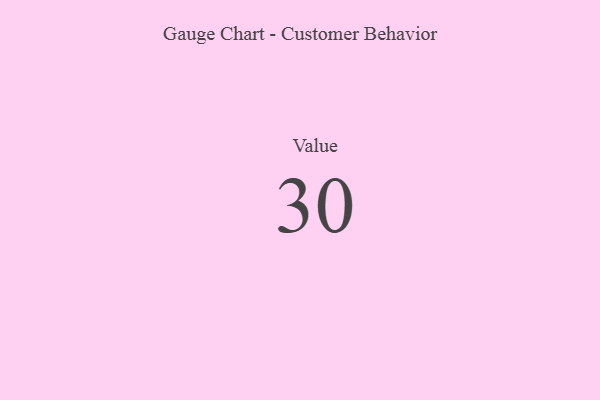
{"axis": {"x": "Metric", "y": "Value"}, "legend": [""], "data": [{"x": "Value", "y": 30, "type": ""}]}